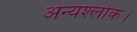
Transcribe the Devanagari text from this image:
अन्यश्लोक।